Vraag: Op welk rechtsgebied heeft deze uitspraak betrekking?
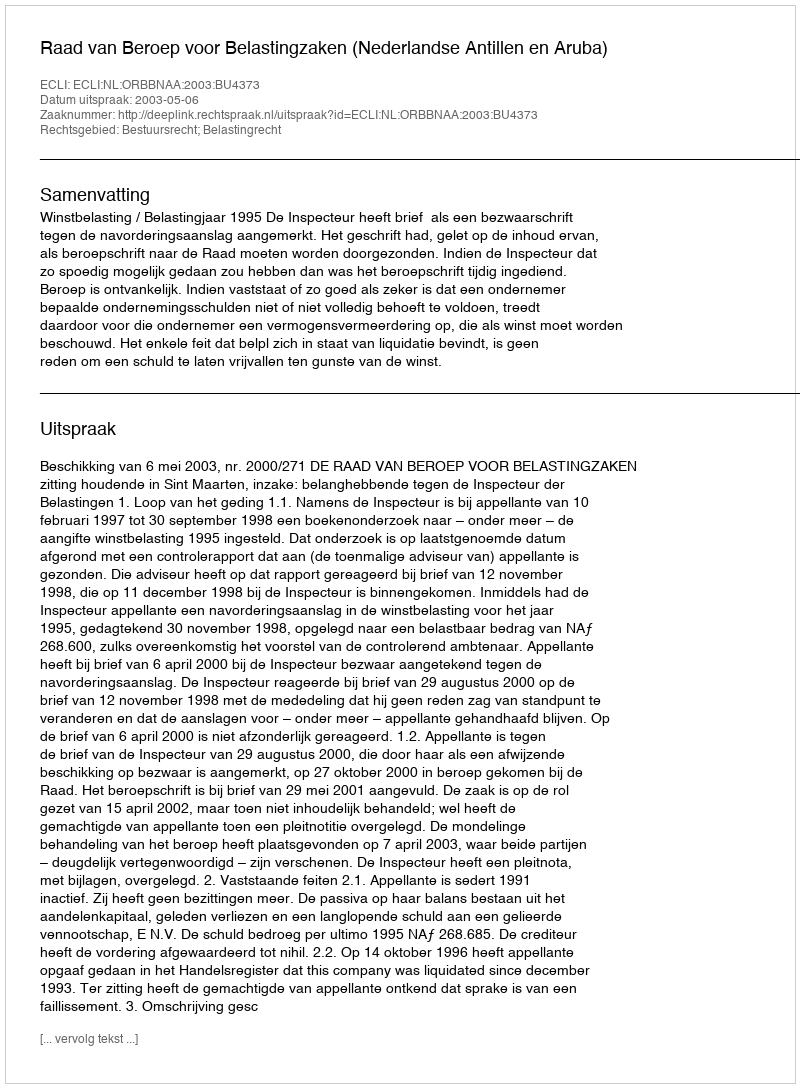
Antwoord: Bestuursrecht; Belastingrecht